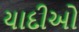
યાદીઓ